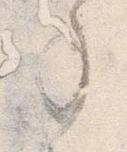
事